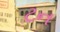
ટન